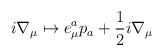
LaTeX: \begin{align*}i\nabla_\mu \mapsto e^a_\mu p_a+\frac{1}{2}i\nabla_\mu\end{align*}